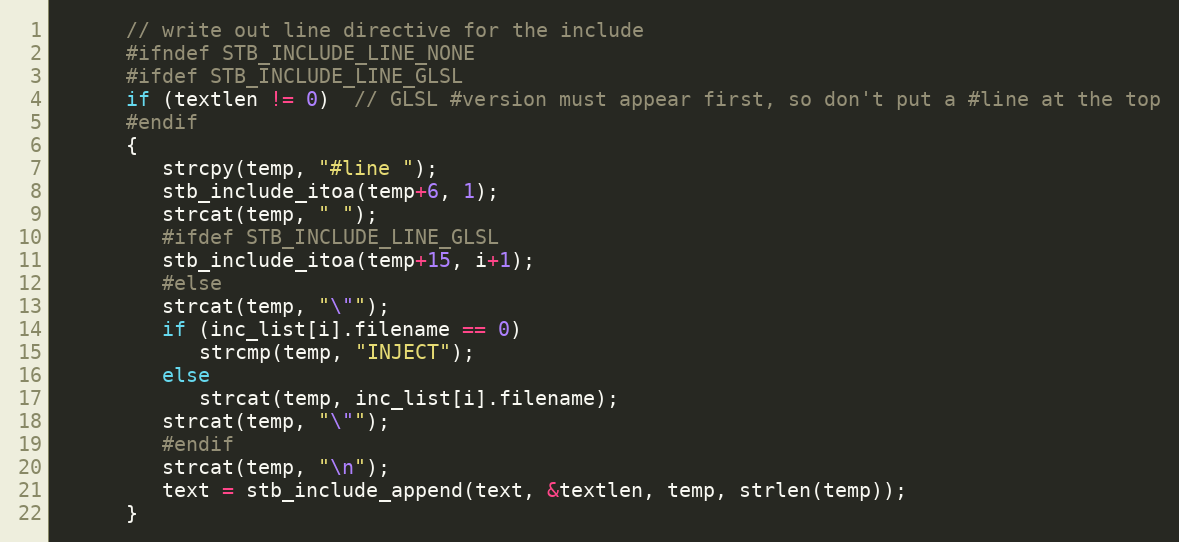
Language: C
      // write out line directive for the include
      #ifndef STB_INCLUDE_LINE_NONE
      #ifdef STB_INCLUDE_LINE_GLSL
      if (textlen != 0)  // GLSL #version must appear first, so don't put a #line at the top
      #endif
      {
         strcpy(temp, "#line ");
         stb_include_itoa(temp+6, 1);
         strcat(temp, " ");
         #ifdef STB_INCLUDE_LINE_GLSL
         stb_include_itoa(temp+15, i+1);
         #else
         strcat(temp, "\"");
         if (inc_list[i].filename == 0)
            strcmp(temp, "INJECT");
         else
            strcat(temp, inc_list[i].filename);
         strcat(temp, "\"");
         #endif
         strcat(temp, "\n");
         text = stb_include_append(text, &textlen, temp, strlen(temp));
      }